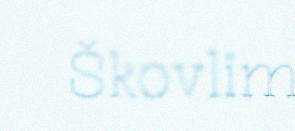
Škovlim